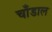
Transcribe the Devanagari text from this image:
चाँडाल